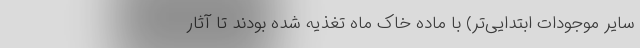
سایر موجودات ابتدایی‌تر) با ماده خاک ماه تغذیه شده بودند تا آثار